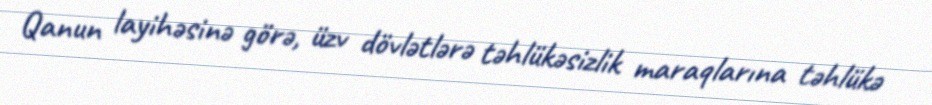
Qanun layihəsinə görə, üzv dövlətlərə təhlükəsizlik maraqlarına təhlükə